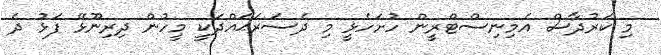
މި ކަރުދާސް އެމިނިސްޓްރީން ހުށަހެޅީ މި ދެސަރަޙައްދަކީ މީހުން ދިރިނޫޅޭ ފަޅު ދެ